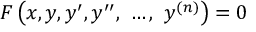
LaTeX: F \left( x , y , y ^ { \prime } , y ^ { \prime \prime } , \ \ldots , \ y ^ { ( n ) } \right) = 0